Malaria in the Duars
Disease focus: Malaria
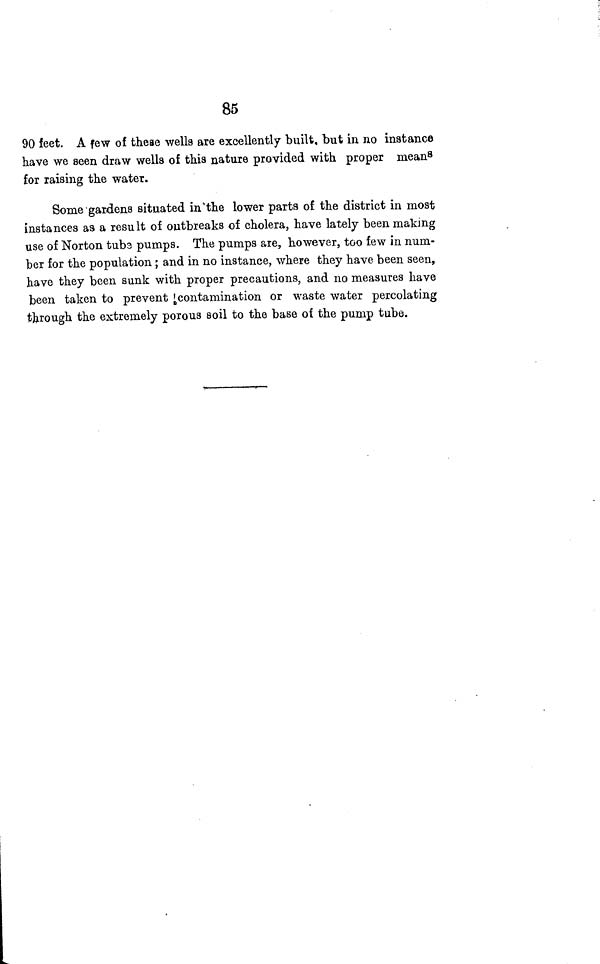
85
90 feet. A few of these wells are excellently built, but in no instance
have we seen draw wells of this nature provided with proper mean 8
for raising the water.
Some gardens situated in the lower parts of the district in most
instances as a result of outbreaks of cholera, have lately been making
use of Norton tubs pumps. The pumps are, however, too few in num-
ber for the population ; and in no instance, where they have been seen,
have they been sunk with proper precautions, and no measures have
been taken to prevent contamination or waste water percolating
through the extremely porous soil to the base of the pump tube.